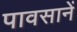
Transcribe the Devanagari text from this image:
पावसानें